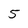
Character: 5